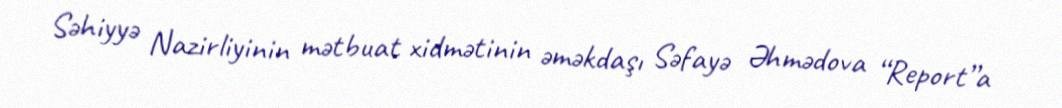
Səhiyyə Nazirliyinin mətbuat xidmətinin əməkdaşı Səfayə Əhmədova “Report”a